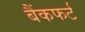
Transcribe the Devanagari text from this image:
बैंकफर्ट